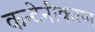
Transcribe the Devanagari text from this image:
कन्टेनीकरण